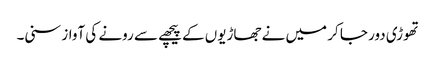
تھوڑی دور جا کر میں نے جھاڑیوں کے پیچھے سے رونے کی آواز سنی۔